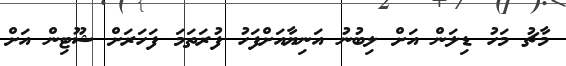
މާޗު މަހު ޑިލަން އަށް ލިބުނު އަނިޔާއަށްފަހު ފުރަތަމަ ފަހަރަށް ޝޫޓިން އަށް